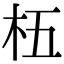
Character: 𬂡